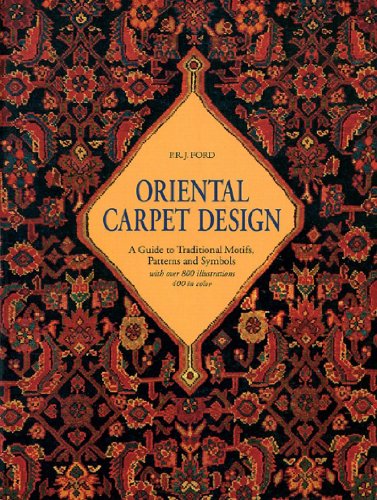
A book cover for Oriental Carpet Design: A Guide to Traditional Motifs, Patterns and Symbols; P. R. J. Ford; Crafts, Hobbies & Home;